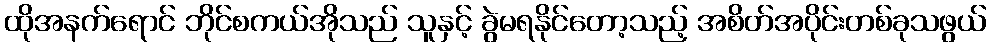
ထိုအနက်ရောင် ဘိုင်စကယ်အိုသည် သူနှင့် ခွဲမရနိုင်တော့သည့် အစိတ်အပိုင်းတစ်ခုသဖွယ်